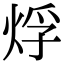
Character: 烰